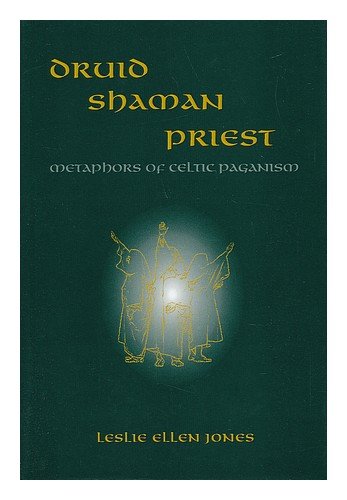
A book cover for Druid - Shaman - Priest: Metaphors of Celtic Paganism; Leslie Ellen Jones; Religion & Spirituality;